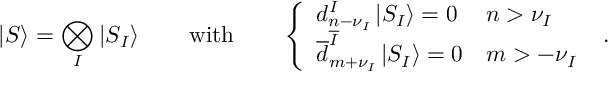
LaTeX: \left| S \right\rangle = \bigotimes _ { I } \left| S _ { I } \right\rangle \qquad \mathrm { w i t h } \qquad \left\{ \begin{array} { l l } { { d _ { n - \nu _ { I } } ^ { I } \left| S _ { I } \right\rangle = 0 } } & { { n > \nu _ { I } } } \\ { { \overline { { { d } } } _ { m + \nu _ { I } } ^ { \overline { { { I } } } } \left| S _ { I } \right\rangle = 0 } } & { { m > - \nu _ { I } } } \end{array} \right. ~ .